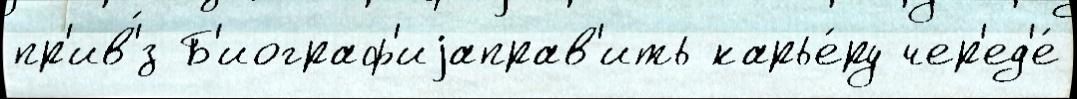
пр'ив'́з Б'иограф'иjаправ'ить карье́ру чер'ед'е́